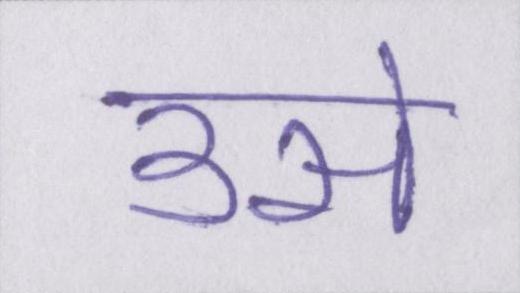
उसे